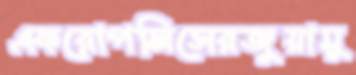
একরোপলিসেরজুয়ামু